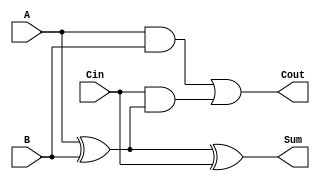
module full_adder (
    input wire A,    // First input bit
    input wire B,    // Second input bit
    input wire Cin,  // Carry-in bit
    output wire Sum, // Resulting sum bit
    output wire Cout // Carry-out bit
);

    // Calculate the Sum using XOR gates
    assign Sum = A ^ B ^ Cin;

    // Calculate the Cout using AND and OR gates
    assign Cout = (A & B) | (Cin & (A ^ B));

endmodule